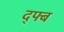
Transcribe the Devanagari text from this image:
द्फ्ब